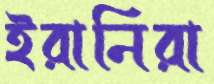
ইরানিরা